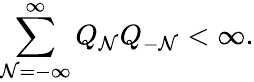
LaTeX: \sum_{\mathcal{N}=-\infty}^{\infty}Q_{\mathcal{N}}Q_{-\mathcal{N}}<\infty.